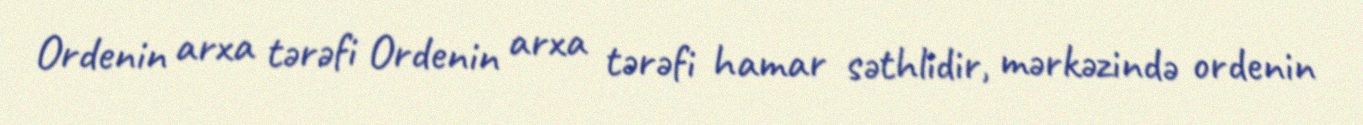
Ordenin arxa tərəfi Ordenin arxa tərəfi hamar səthlidir, mərkəzində ordenin